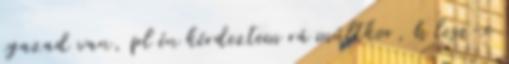
igazad van, pl én kérdeztem rá múltkor, h lesz-e